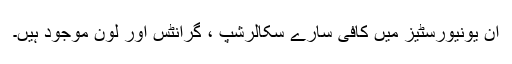
ان یونیورسٹیز میں کافی سارے سکالرشپ ، گرانٹس اور لون موجود ہیں۔